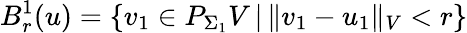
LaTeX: B_{r}^{1}(u)=\{ v_{1}\in P_{\Sigma_{1}}V\, |\, \Vert v_{1}-u_{1}\Vert_{V}<r\}